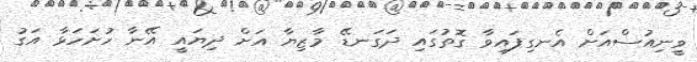
ވީނިއުސްއަށް އެނގިފައިވާ ގޮތުގައި ދަގަނޑޭ މާޒިޔާ އަށް ދިޔައީ އޭނާ ހުށަހަޅާ އަގު